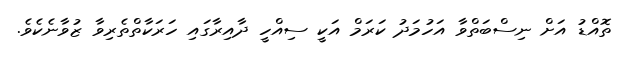
ތޮއްޑު އަށް ނިސްބަތްވާ އަހުމަދު ކަރަމް އަކީ ސިއްހީ ދާއިރާގައި ހަރަކާތްތެރިވާ ޒުވާނެކެވެ.